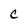
Character: C